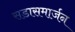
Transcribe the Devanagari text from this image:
सडासमार्जन